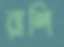
রাশি